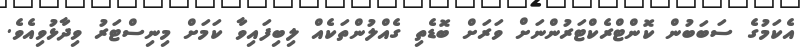
އެކަމުގެ ސަބަބުން ކޮންޓްރެކްޓަރުންނަށް ވަރަށް ބޮޑެތި ގެއްލުންތަކެއް ލިބިފައިވާ ކަމަށް މިނިސްޓަރު ވިދާޅުވިއެވެ.